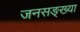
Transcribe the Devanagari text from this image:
जनसङ्ख्या